Lunatic asylums United Provinces 1899-1908 - 1899-1908
Year: 1899
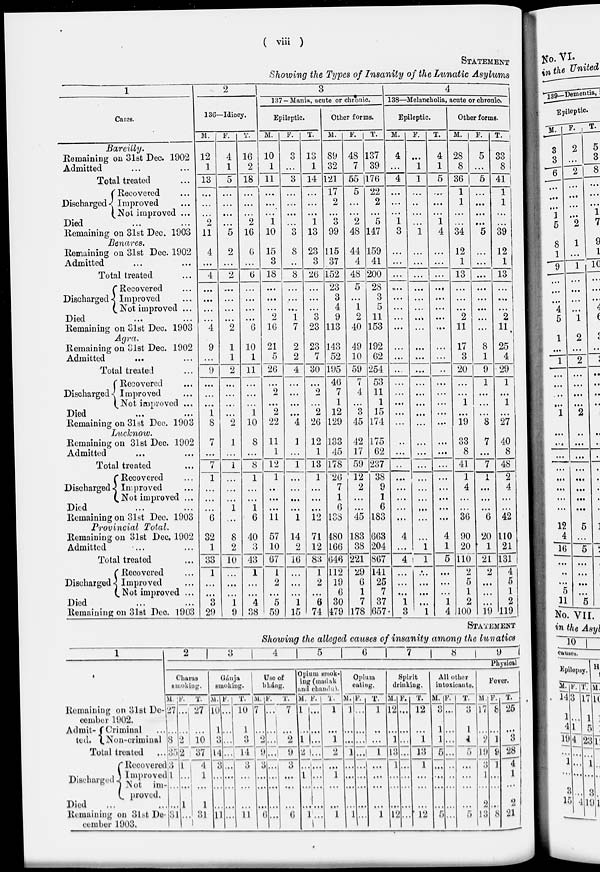
( viii )
STATEMENT.
Showing the Types of Insanity of the Lunatic Asylums
1
Cases.
Bareilly.
Remaining on 31st Dec. 1902
Admitted ... ...
Total treated ...
Discharged
Recovered ...
Improved ...
Not improved ...
Died ... ...
Remaining on 31st Dec. 1903
Benares.
Remaining on 31st Dec. 1902
Admitted ... ...
Total treated ...
Discharged
Recovered ...
Improved ...
Not improved ...
Died ... ...
Remaining on 31st Dec. 1903
Agra.
Remaining on 31st Dec. 1902
Admitted ... ...
Total treated ...
Discharged
Recovered ...
Improved ...
Not improved ...
Died ... ...
Remaining on 31st Dec. 1903
Lucknow.
Remaining on 31st Dec. 1902
Admitted ... ...
Total treated ...
Discharged
Recovered ...
Improved ...
Not improved ...
Died ... ...
Remaining on 31st Dec. 1903
Provincial Total.
Remaining on 31st Dec. 1902
Admitted ... ...
Total treated ...
Discharged
Recovered ...
Improved ...
Not improved ...
Died ... ...
Remaining on 31st Deo. 1903
2
136—Idiocy.
M.
12
1
13
...
...
...
2
11
4
...
4
...
...
...
...
4
9
...
9
...
...
...
1
8
7
...
7
1
...
...
...
6
32
1
33
1
...
...
3
29
F.
4
1
5
...
...
...
...
5
2
...
2
...
...
...
...
2
1
1
2
...
...
...
...
2
1
...
1
...
...
...
1
...
8
2
10
...
...
...
1
9
T.
16
2
18
...
...
...
2
16
6
...
6
...
...
...
...
6
10
1
11
...
...
...
1
10
8
...
8
1
...
...
1
6
40
3
43
1
...
...
4
38
3
137 —Mania, acute or chronic.
Epileptic.
M.
10
1
11
...
...
...
1
10
15
3
18
...
...
...
2
16
21
5
26
...
2
...
2
22
11
1
12
1
...
...
...
11
57
10
67
1
2
...
5
59
F.
3
...
3
...
...
...
...
3
8
...
8
...
...
...
1
7
2
2
4
...
...
...
...
4
1
...
1
...
...
...
...
1
14
2
16
...
...
...
1
15
T.
13
1
14
...
...
...
1
13
23
3
26
...
...
...
3
23
23
7
30
...
2
...
2
26
12
1
13
1
...
...
...
12
71
12
83
1
2
...
6
74
Other forms.
M.
89
32
121
17
2
...
3
99
115
37
152
23
3
4
9
113
143
52
195
46
7
1
12
129
133
45
178
26
7
1
6
138
480
166
646
112
19
6
30
479
F.
48
7
55
5
...
...
2
48
44
4
48
5
...
1
2
40
49
10
59
7
4
...
3
45
42
17
59
12
2
...
...
45
183
38
221
29
6
1
7
178
T.
137
39
176
22
2
...
5
147
159
41
200
28
3
5
11
153
192
62
254
53
11
1
15
174
175
62
237
38
9
1
6
183
663
204
867
141
25
7
37
657
4
138—Melancholia, acute or chronic.
Epileptic.
M.
4
...
4
...
...
...
1
3
...
...
...
...
...
...
...
...
...
...
...
...
...
...
...
...
...
...
...
...
...
...
...
...
4
...
4
...
...
...
1
3
F.
...
1
1
...
...
...
...
1
...
...
...
...
...
...
...
...
...
...
...
...
...
...
...
...
...
...
...
...
...
...
...
...
...
1
1
...
...
...
...
1
T.
4
1
5
...
...
...
1
4
...
...
...
...
...
...
...
...
...
...
...
...
...
...
...
...
...
...
...
...
...
...
...
...
4
1
5
...
...
...
1
4
Other forms.
M.
28
8
36
1
1
...
...
34
12
1
13
...
...
...
2
11
17
3
20
...
...
1
...
19
33
8
41
1
4
...
...
36
90
20
110
2
5
1
2
100
F.
5
...
5
...
...
...
...
5
...
...
...
...
...
...
...
...
8
1
9
1
...
...
...
8
7
...
7
1
...
...
...
6
20
1
21
2
...
...
...
19
T.
33
8
41
1
1
...
...
39
12
1
13
...
...
...
2
11
25
4
29
1
...
1
...
27
40
8
48
2
4
...
...
42
110
21
131
4
5
1
2
119
STATEMENT
Showing the alleged causes of insanity among the lunatics
1
Remaining on 31st De-
cember 1902.
Admit-
ted.
Criminal ...
Non-criminal
Total treated ...
Discharged
Recovered
Improved
Not im-
proved.
Died ... ...
Remaining on 31st De-
cember 1903.
2
3
4
5
6
7
8
9
Physical
Charas
smoking.
M.
27
...
8
35
3
1
...
...
31
F.
...
...
2
2
1
...
...
1
...
T.
27
...
10
37
4
1
...
1
31
Gánja
smoking.
M.
10
1
3
14
3
...
...
...
11
F.
...
...
...
...
...
...
...
...
...
T.
10
1
3
14
3
...
...
...
11
Use of
bháng.
M.
7
...
2
9
3
...
...
...
6
F.
...
...
...
...
...
...
...
...
...
T.
7
...
2
9
3
...
...
...
6
Opium smok-
ing (madak
and chandu)
M.
1
...
1
2
...
1
...
...
1
F.
...
...
...
...
...
...
...
...
...
T.
1
...
1
2
...
1
...
...
1
Opium
eating.
M.
1
...
...
1
...
...
...
...
1
F.
...
...
...
...
...
...
...
...
...
T.
1
...
...
1
...
...
...
...
1
Spirit
drinking.
M.
12
...
1
13
1
...
...
...
12
F.
...
...
...
...
...
...
...
...
...
T.
12
...
1
13
1
...
...
...
12
All other
intoxicants.
M.
3
1
1
5
...
...
...
...
5
F.
...
...
...
...
...
...
...
...
...
T.
3
1
1
5
...
...
...
...
5
Fever.
M.
17
...
2
19
3
1
...
2
13
F.
8
...
1
9
1
...
...
...
8
T.
25
...
3
28
4
1
...
2
21